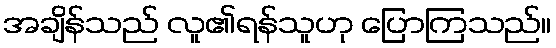
အချိန်သည် လူ၏ရန်သူဟု ပြောကြသည်။